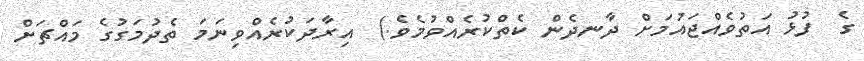
ގެ  ފުޅު އަތުވެއްޖައުމަށް ދާނދެން ކެތްކުރެއްވުމެވެ.)  އިރާދަކުރެއްވިނަމަ ތެދުމަގުގެ މައްޗަށް